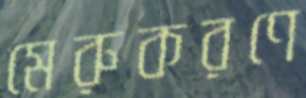
মেরুকরণে